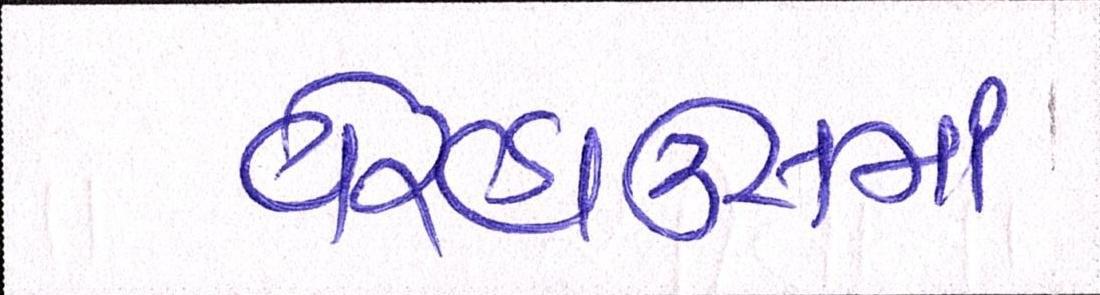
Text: વેરહાઉસમાં